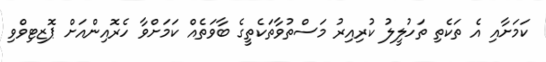
ކަމަށާއި އެ ތަކެތި ތަހުލީލު ކުރިއިރު މަސްތުވާތަކެތީގެ ބާވަތެއް ކަމަށްވާ ހެރޮއިންއަށް ޕޮޒިޓިވްވި